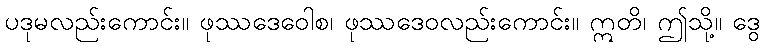
ပဒုမလည်းကောင်း။ ဖုဿဒေဝေါစ၊ ဖုဿဒေဝလည်းကောင်း။ ဣတိ၊ ဤသို့။ ဒွေ